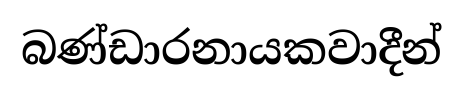
බණ්ඩාරනායකවාදීන්